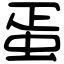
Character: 蛋